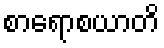
စာရောစယာတိ